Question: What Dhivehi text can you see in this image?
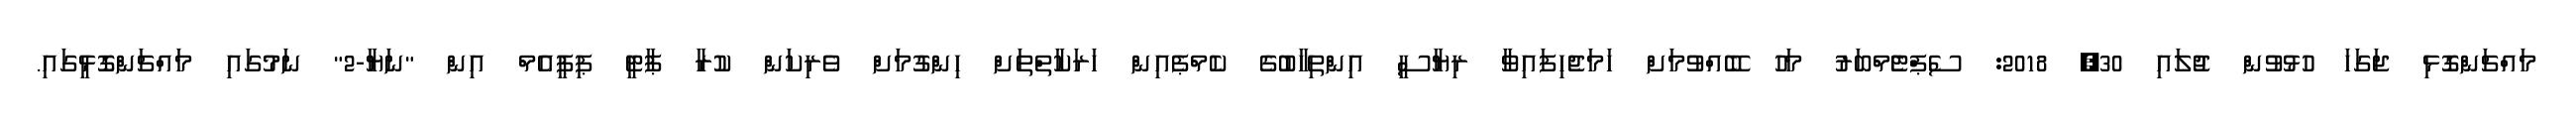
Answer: މައްޗަންގޮޅި ޖަގަހަ ހުޅުވުން ޖުލައި 30, 2018: ސެޕްޓެެމްބަރު މަހު ބޭއްވުމަށް ހަމަޖެހިފައިވާ ރިޔާސީ އިންތިހާބުގެ ކެމްޕެއިން ހަރަކާތްތަށް ހިންގުމަށް ވެރިކަން ކުރާ ޕާޓީ ޕިޕީއެމް އިން "ނަޔާ-2" ނަމުގައި މައްޗަންގޮޅީގައި.